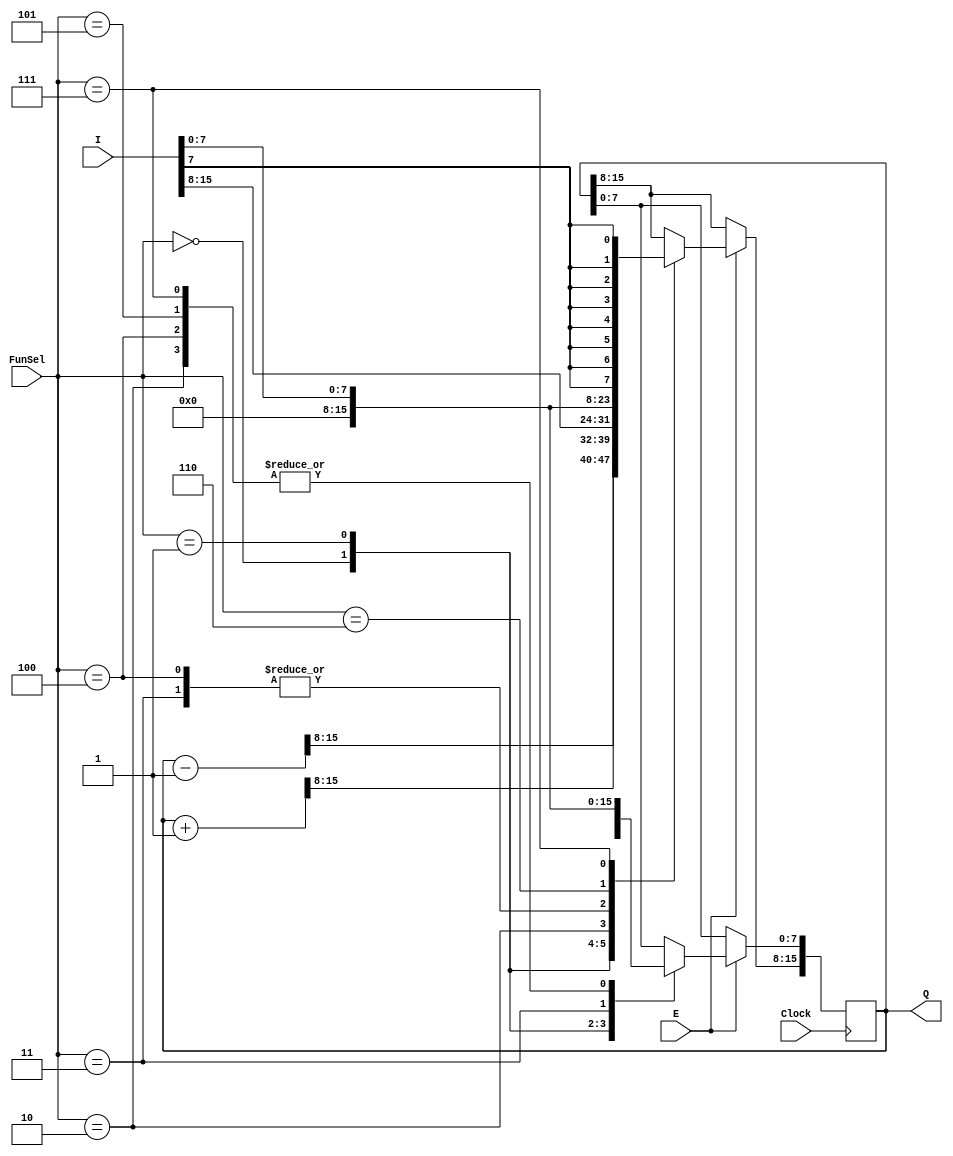
`timescale 1ns / 1ps

module Register(
    input [2:0] FunSel,
    input [15:0] I,
    input Clock,
    input E,
    output reg [15:0] Q
);
    always @(posedge Clock) begin
            if (E) begin
                case(FunSel)
                3'b000: Q <= Q - 1;
                3'b001: Q <= Q + 1;
                3'b010: Q <= I;
                3'b011: Q <= 16'h0000;
                3'b100: Q[15:0] <= {{8{1'b0}},I[7:0]};
                3'b101: Q[7:0] <= I[7:0];
                3'b110: Q[15:8] <= I[7:0];
                3'b111: Q[15:0] <= {{8{I[7]}},I[7:0]};
                endcase
            end
        end
endmodule